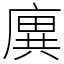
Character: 廙